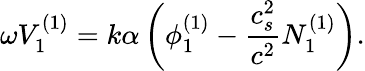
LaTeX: \omega V_{1}^{(1)}=k\alpha\left(\phi_{1}^{(1)}-\frac{c_{s}^{2}}{c^{2}}N_{1}^{(1)}\right).